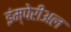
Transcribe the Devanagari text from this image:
इंम्पेरीअल